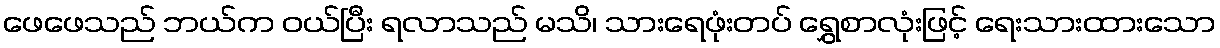
ဖေဖေသည် ဘယ်က ဝယ်ပြီး ရလာသည် မသိ၊ သားရေဖုံးတပ် ရွှေစာလုံးဖြင့် ရေးသားထားသော